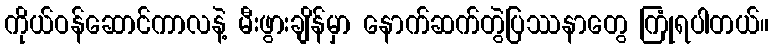
ကိုယ်ဝန်ဆောင်ကာလနဲ့ မီးဖွားချိန်မှာ နောက်ဆက်တွဲပြဿနာတွေ ကြုံရပါတယ်။